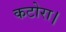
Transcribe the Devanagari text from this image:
कटोरा।